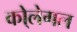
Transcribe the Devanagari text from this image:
को्लेगल